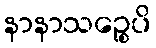
နာနာသဉ္စေပိ